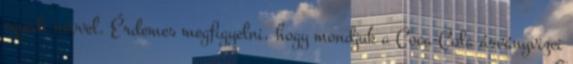
egyedi névvel. Érdemes megfigyelni, hogy mondjuk a Coca-Cola ásványvizei